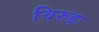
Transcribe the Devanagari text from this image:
विरुद्दः